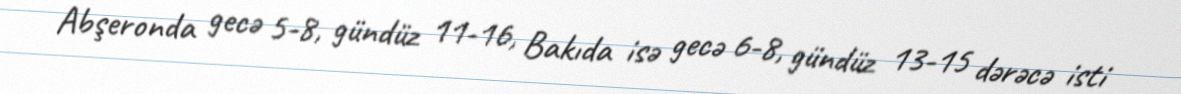
Abşeronda gecə 5-8, gündüz 11-16, Bakıda isə gecə 6-8, gündüz 13-15 dərəcə isti